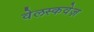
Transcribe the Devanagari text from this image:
वेलस्कवेज़